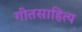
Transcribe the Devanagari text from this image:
गीतसाहित्य